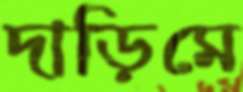
দাড়িমে